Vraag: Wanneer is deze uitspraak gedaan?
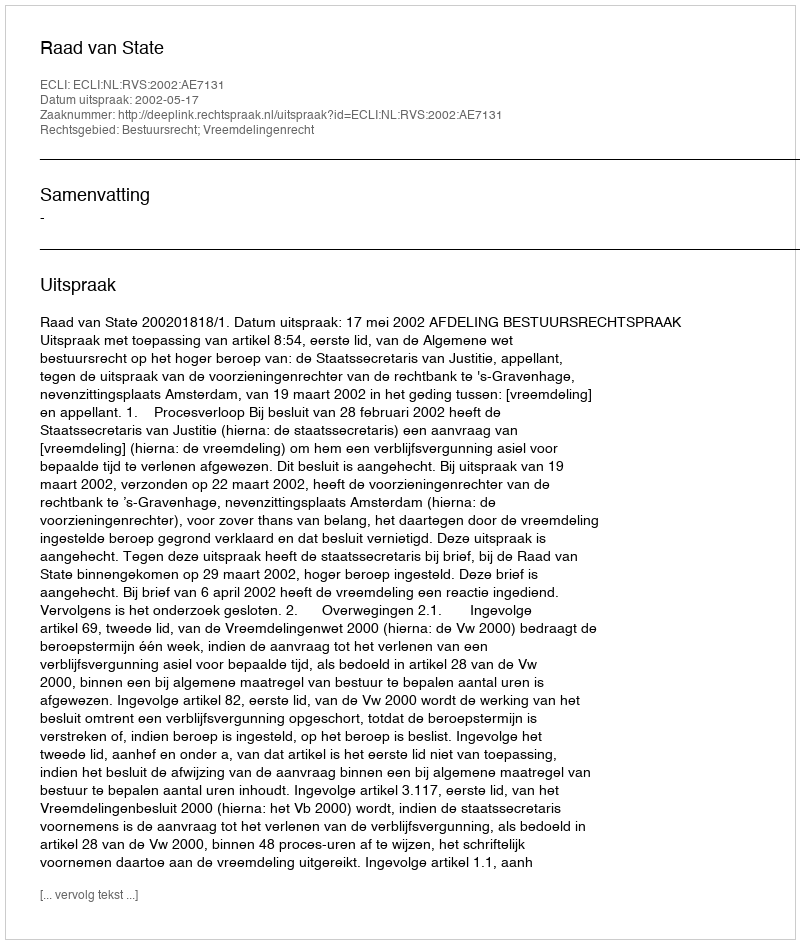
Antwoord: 2002-05-17